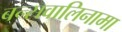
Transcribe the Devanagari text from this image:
बन्सवालिनामा